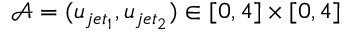
\mathcal { A } = ( u _ { j e t _ { 1 } } , u _ { j e t _ { 2 } } ) \in [ 0 , 4 ] \times [ 0 , 4 ]